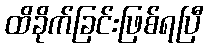
ထိခိုက်ခြင်းဖြစ်ရပြီ